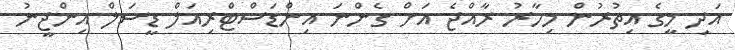
އަދި މީގެ އިތުރުން މިހާރު ރާއްޖެ އަށް ގެންނަ އިންޑަސްޓްރިއަލް ޑީސަލް އިންޖީނު